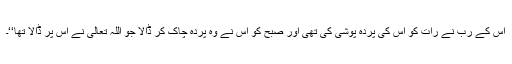
اس کے رب نے رات کو اس کی پردہ پوشی کی تھی اور صبح کو اس نے وہ پردہ چاک کر ڈالا جو اللہ تعالیٰ نے اس پر ڈالا تھا‘‘۔